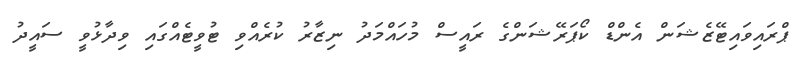
ޕްރައިވައިޓޭޒެޝަން އެންޑް ކޯޕަރޭޝަންގެ ރައީސް މުހައްމަދު ނިޒާރު ކުރެއްވި ޓުވީޓެއްގައި ވިދާޅުވީ ސައީދު